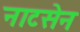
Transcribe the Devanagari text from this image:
नाटसेन